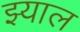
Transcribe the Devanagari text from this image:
झ्याल